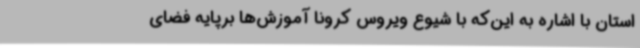
استان با اشاره به این‌که با شیوع ویروس کرونا آموزش‌ها برپایه فضای